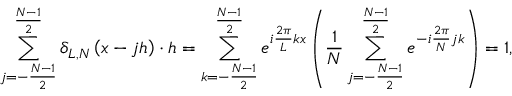
\sum _ { j = - \frac { N - 1 } { 2 } } ^ { \frac { N - 1 } { 2 } } \delta _ { L , N } \left( x - j h \right) \cdot h = \sum _ { k = - \frac { N - 1 } { 2 } } ^ { \frac { N - 1 } { 2 } } e ^ { i \frac { 2 \pi } { L } k x } \left( \frac { 1 } { N } \sum _ { j = - \frac { N - 1 } { 2 } } ^ { \frac { N - 1 } { 2 } } e ^ { - i \frac { 2 \pi } { N } j k } \right) = 1 ,